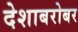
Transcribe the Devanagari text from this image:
देशाबरोबर